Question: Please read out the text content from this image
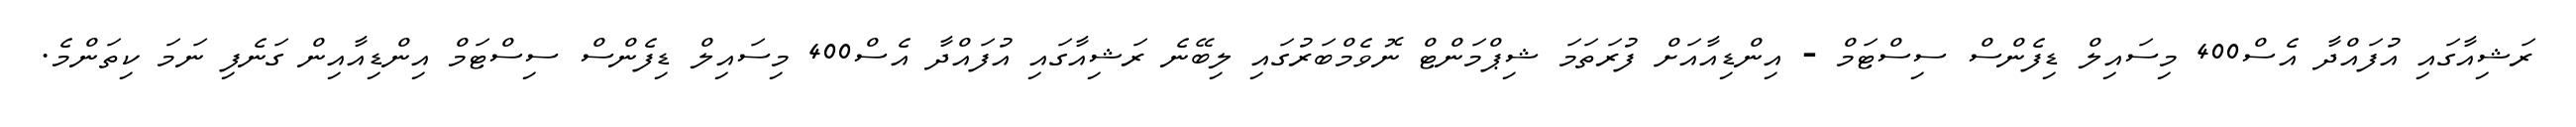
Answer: ރަޝިއާގައި އުފައްދާ އެސް400 މިސައިލް ޑިފެންސް ސިސްޓަމް - އިންޑިއާއަށް ފުރަތަމަ ޝިޕްމަންޓް ނޮވެމްބަރުގައި ލިބޭނެ ރަޝިއާގައި އުފައްދާ އެސް400 މިސައިލް ޑިފެންސް ސިސްޓަމް އިންޑިއާއިން ގަނެފި ނަމަ ކިތަންމެ.